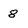
Character: 8